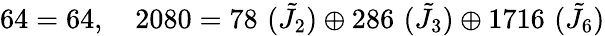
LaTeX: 64=64,\quad 2080=78\, \, (\tilde{J}_{2})\oplus 286\, \, (\tilde{J}_{3})\oplus 1716\, \, (\tilde{J}_{6})